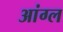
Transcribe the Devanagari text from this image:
आंग्‍ल